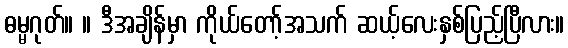
ဓမ္မဂုတ်။ ။ ဒီအချိန်မှာ ကိုယ်တော့်အသက် ဆယ့်လေးနှစ်ပြည့်ပြီလား။